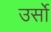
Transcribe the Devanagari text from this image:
उर्सो